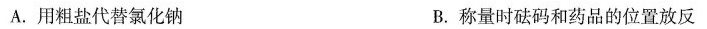
A.用粗盐代替氯化钠 B.称量时砝码和药品的位置放反